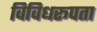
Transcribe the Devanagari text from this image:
विविधरूपता